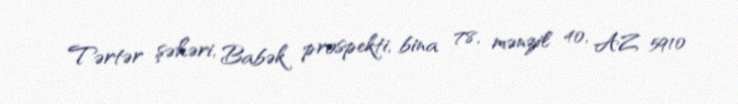
Tərtər şəhəri, Babək prospekti, bina 78, mənzil 40, AZ 5910